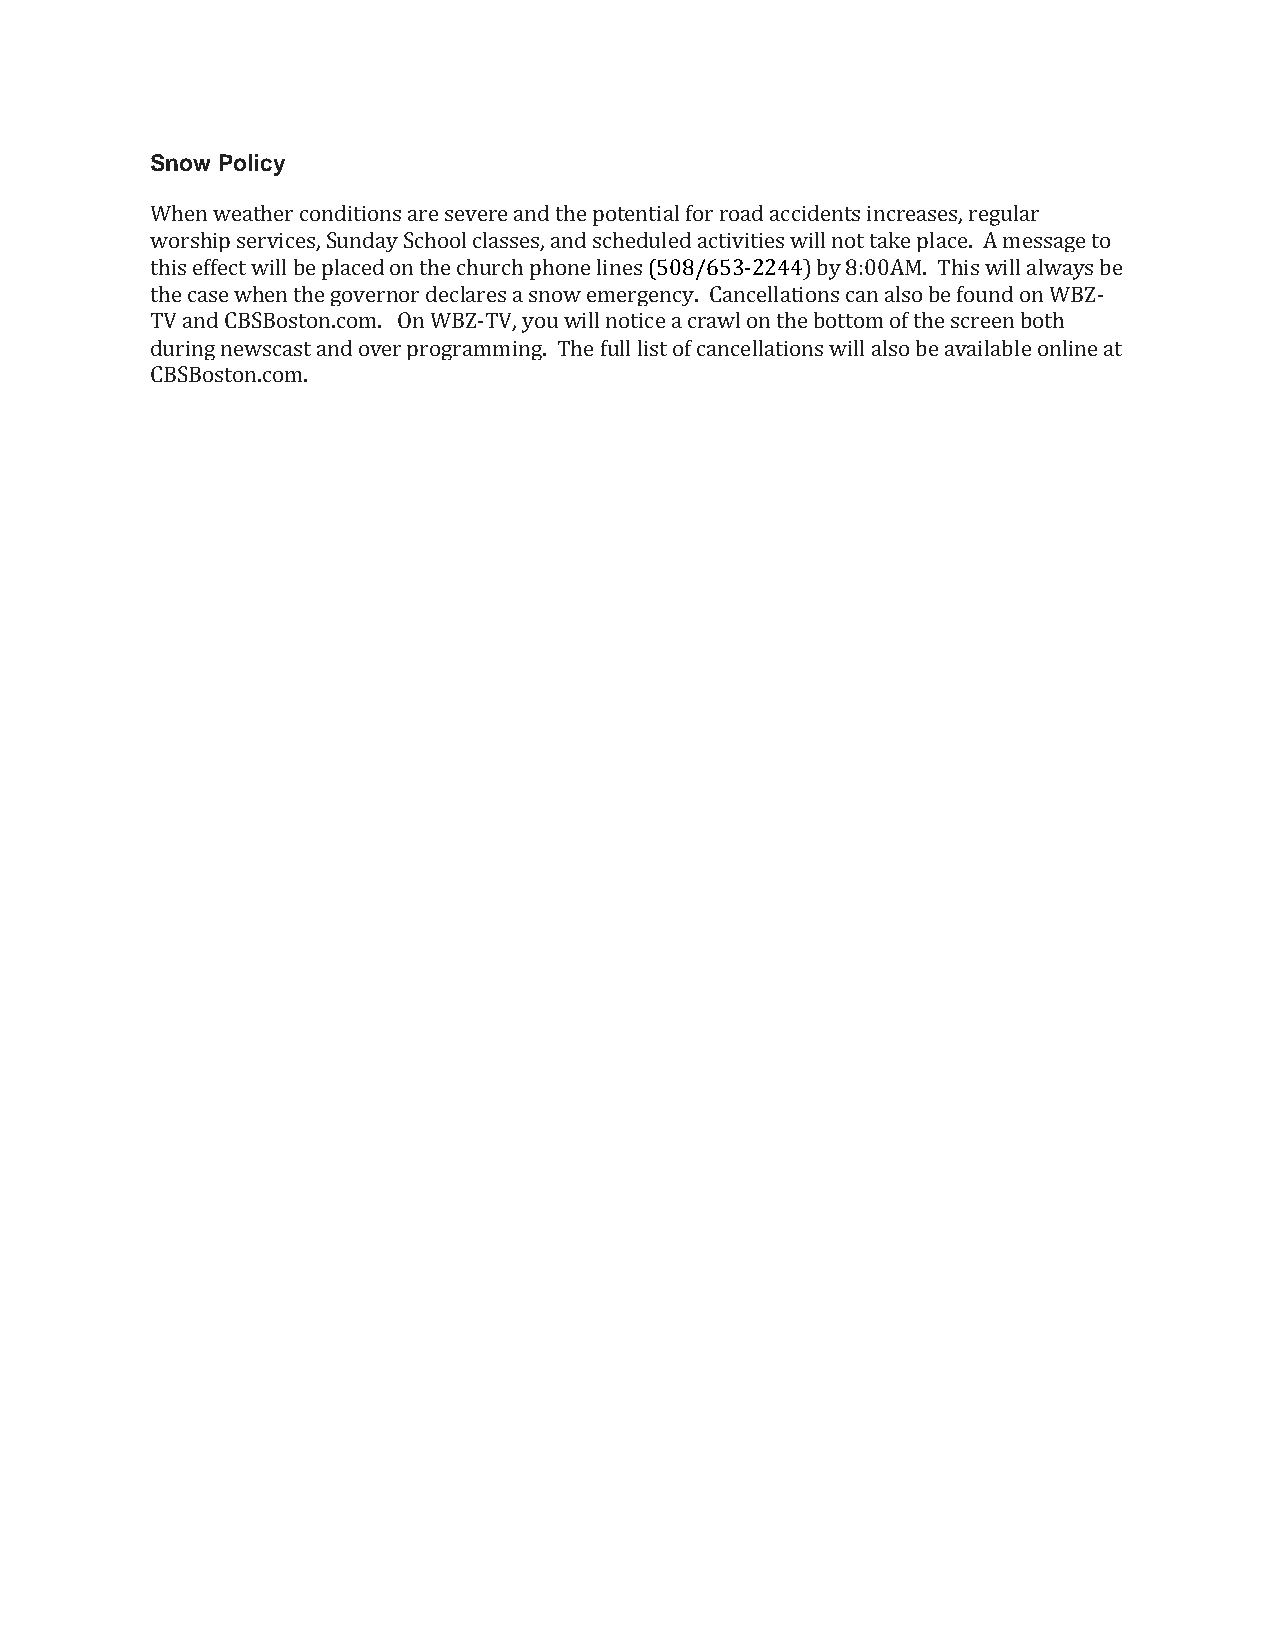
Snow Policy
 When weather conditions are severe and the potential for road accidents increases, regular
 worship services, Sunday School classes, and scheduled activities will not take place. A message to
 this effect will be placed on the church phone lines (508/653-2244) by 8:00AM. This will always be
 the case when the governor declares a snow emergency. Cancellations can also be found on WBZ-
 TV and CBSBoston.com. On WBZ-TV, you will notice a crawl on the bottom of the screen both
 during newscast and over programming. The full list of cancellations will also be available online at
 CBSBoston.com.